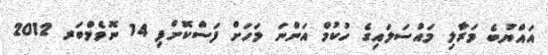
އައްޔުބެ މަރާލި މައްސަލައިގެ ހުކުމް އަންނަ މަހަށް ފަސްކޮށްފި 14 ނޮވެމްބަރ 2012